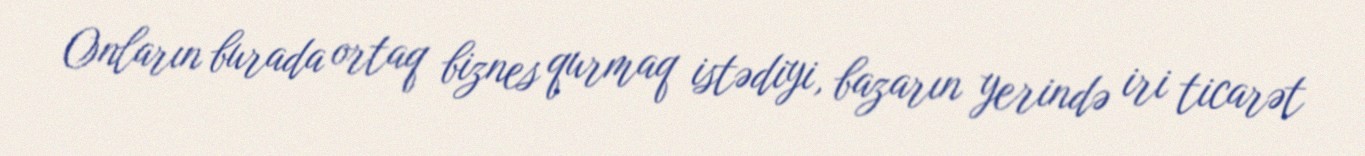
Onların burada ortaq biznes qurmaq istədiyi, bazarın yerində iri ticarət